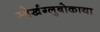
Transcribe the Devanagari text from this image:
स्वेर्खग्लुबोकाया